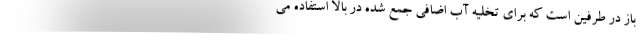
باز در طرفین است که برای تخلیه آب اضافی جمع شده در بالا استفاده می